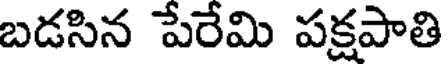
బడసిన పేరేమి పక్షపాతి